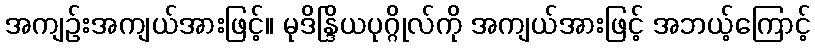
အကျဉ်းအကျယ်အားဖြင့်။ မုဒိန္ဒြိယပုဂ္ဂိုလ်ကို အကျယ်အားဖြင့် အဘယ့်ကြောင့်